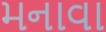
મનાવા